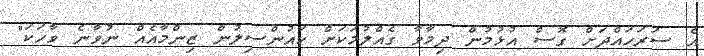
އެ ސަރަހައްދަށް ގޮސް އުޅުމުން ދިމާވާ ގެއްލުމަކަށް ކައުންސިލުން ޒިންމާއެއް ނުވާނެ ވާހަކަ"